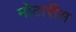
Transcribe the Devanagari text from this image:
मोटारीस